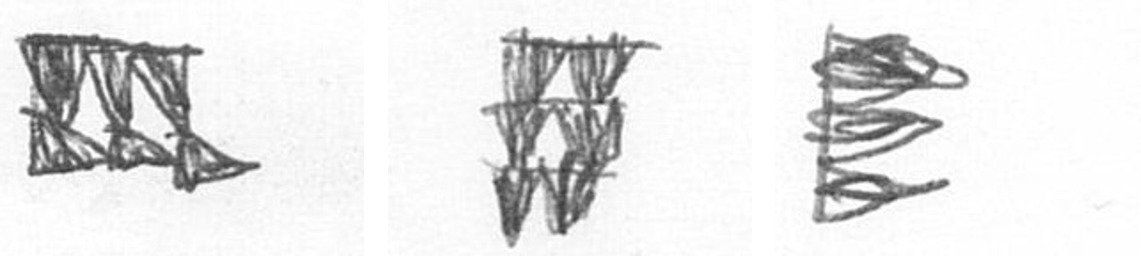
D Y H